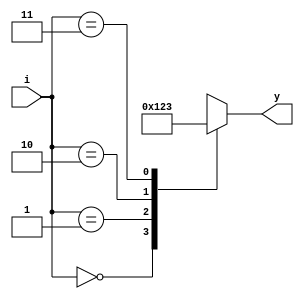
module txfdec (
    i,y
);
    input [1:0]i;
    output [3:0]y;

    reg [3:0] y;
    wire [1:0] i;

    always @(i) begin
        case (i)
            2'b00: y=4'b0000;
            2'b01: y=4'b0001;
            2'b10: y=4'b0010;
            2'b11: y=4'b0011;
            
        endcase
    end
endmodule